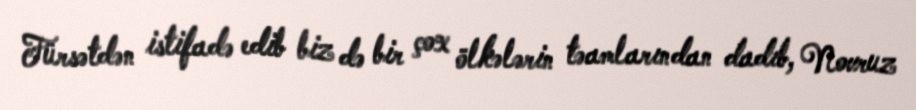
Fürsətdən istifadə edib biz də bir çox ölkələrin təamlarından dadıb, Novruz